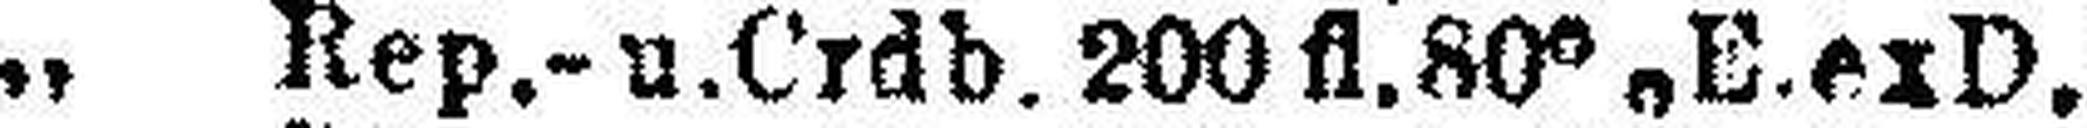
„ Rep.- u.Crdb. 200 fl. 80% E.exD.